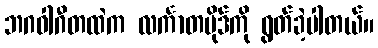
ဘဂဝါဂီတထဲက လင်္ကာတပိုဒ်ကို ရွတ်ခဲ့ပါတယ်။